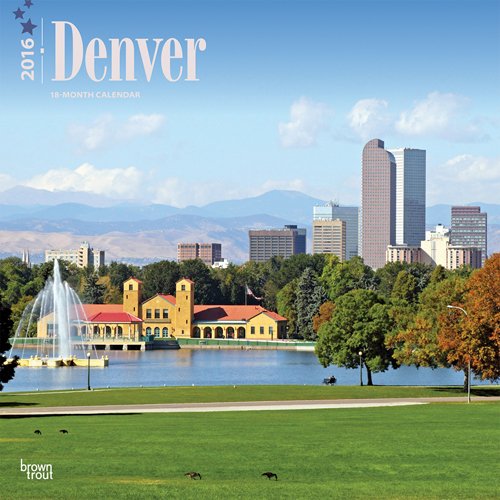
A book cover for Denver 2016 Square 12x12; Browntrout Publishers; Calendars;